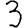
Digit: 3